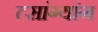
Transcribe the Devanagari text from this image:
त्सांग्यांग